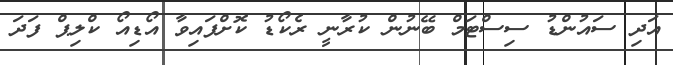
އަދި ސައުންޑު ސިސްޓަމް ބޭނުން ކުރާނީ ރެކޯޑު ކޮށްފައިވާ އޯޑިއޯ ކްލިޕް ފަދަ